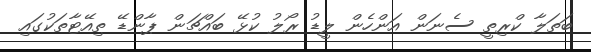
ބަތަލާ ކްރިތީ ސެނަން އަންހެން ލީޑު ރޯލު ކުޅޭ ބައްޗަން ޕާންޑޭ ތިއޭޓާތަކުގައި